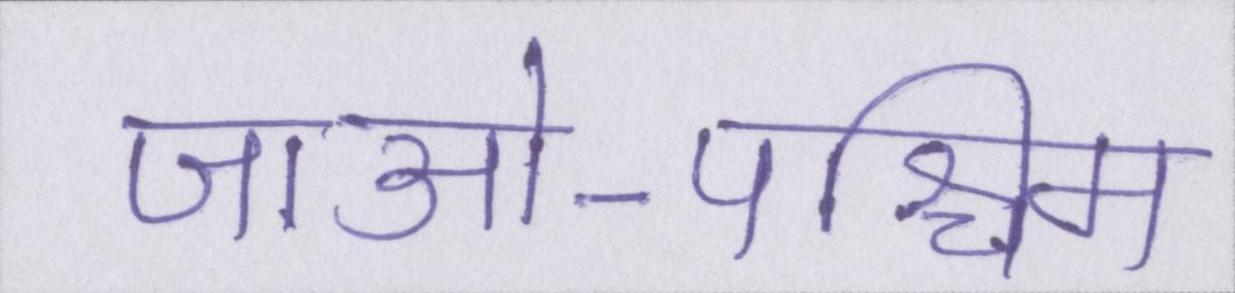
जाओ-पश्चिम